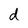
Character: d